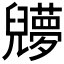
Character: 𠓔